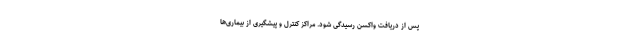
پس از دریافت واکسن رسیدگی شود. مراکز کنترل و پیشگیری از بیماری‌ها